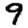
Digit: 9